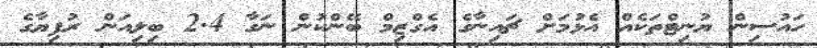
ހައުސިން ޔުނިޓްތަކެއް އެޅުމަށް ޗައިނާގެ އެގްޒިމް ބޭންކުން ނަގާ 2.4 ބިލިއަން ރުފިޔާގެ